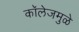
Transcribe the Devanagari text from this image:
कॉलेजमुळे